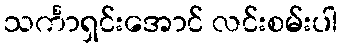
သင်္ကာရှင်းအောင် လင်းစမ်းပါ